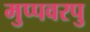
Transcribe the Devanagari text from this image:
मुप्पवरपु